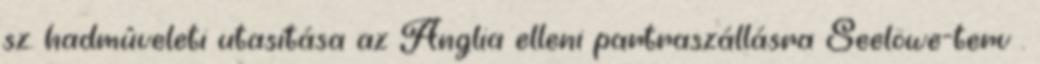
sz. hadmûveleti utasítása az Anglia elleni partraszállásra Seelöwe-terv .